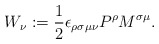
\begin{align*}W_{\nu}:=\frac{1}{2}\epsilon_{\rho\sigma\mu\nu}P^{\rho}M^{\sigma\mu}.\end{align*}